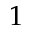
1